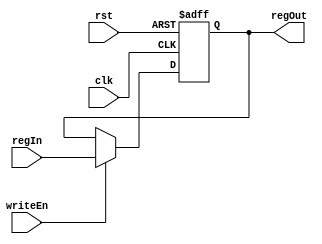
module register (input clk, rst, writeEn,input [31:0] regIn,output reg [31:0] regOut);
  always @ (posedge clk, posedge rst) begin
    if (rst == 1'b1) regOut <= 32'b0;
    else begin if (writeEn == 1'b1) begin regOut <= regIn; end end
  end
endmodule